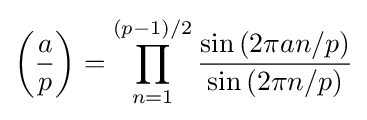
\left({\frac {a}{p}}\right)=\prod _{n=1}^{(p-1)/2}{\frac {\sin {(2\pi an/p)}}{\sin {(2\pi n/p)}}}